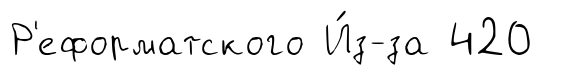
Р'еформатского И́з-за 420